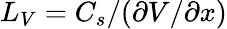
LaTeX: L_{V}=C_{s}/(\partial V/\partial x)